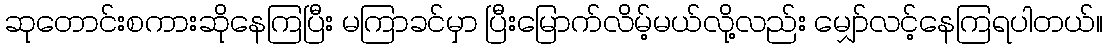
ဆုတောင်းစကားဆိုနေကြပြီး မကြာခင်မှာ ပြီးမြောက်လိမ့်မယ်လို့လည်း မျှော်လင့်နေကြရပါတယ်။